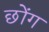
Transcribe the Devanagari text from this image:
छोंग